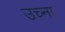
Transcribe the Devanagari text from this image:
उच्ना